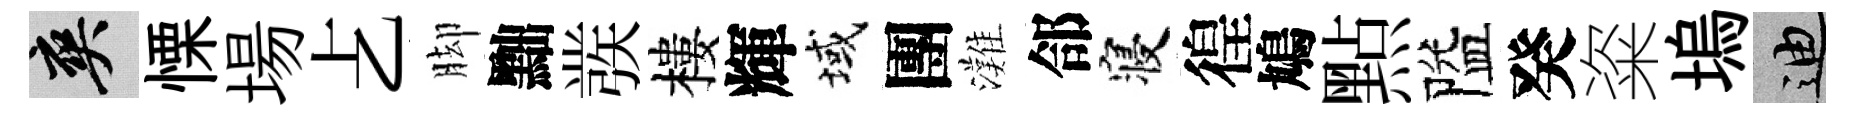
爽慄場𠧒脚黜彂樓輝域團灘郃寝徨鳩㸃隘癸粢塢迪